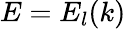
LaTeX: E=E_{l}(k)